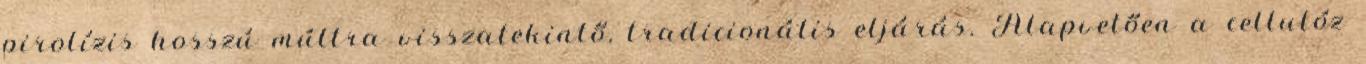
pirolízis hosszú múltra visszatekintő, tradicionális eljárás. Alapvetően a cellulóz